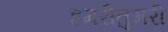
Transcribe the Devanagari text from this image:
हमरीतुमरी